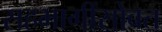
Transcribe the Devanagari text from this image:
सहभागींसोबत